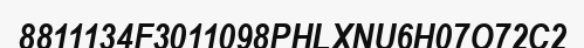
8811134F3011098PHLXNU6H07O72C2